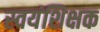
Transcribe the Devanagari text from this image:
स्वयंशिक्षक